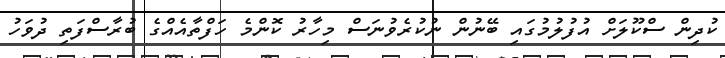
ކުދިން ސްކޫލަށް އުފުލުމުގައި ބޭނުން ނުކުރެވުނަސް މިހާރު ކޮންމެ ހަފްތާއެއްގެ ބުރާސްފަތި ދުވަހު